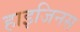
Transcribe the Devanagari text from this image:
हाइजिनस